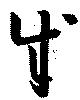
成